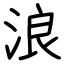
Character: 浪